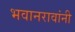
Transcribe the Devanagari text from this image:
भवानरावांनी